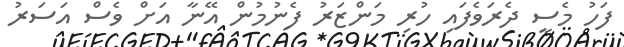
ފަހު މެސީ ދެރަވެފައި ހުރި މަންޒަރު ފެނުމުން އޭނާ އަށް ވެސް އަސަރު